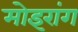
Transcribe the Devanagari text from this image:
मोइरांग